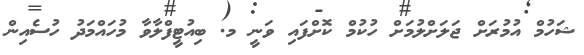
ޝަހުމް އުމުރަށް ޖަލަށްލުމަށް ހުކުމް ކޮށްފައި ވަނީ މ. ބިއުޓީފްލާވާ މުހައްމަދު ހުސެއިން